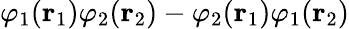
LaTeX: \varphi_{1}(\mathbf{r}_{1})\varphi_{2}(\mathbf{r}_{2})-\varphi_{2}(\mathbf{r}_{1})\varphi_{1}(\mathbf{r}_{2})